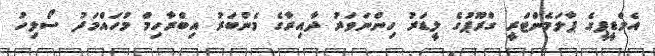
އެމްޑީޕީގެ ޕާލަމެންޓްރީ ގްރޫޕުގެ ލީޑަރު ހިންނަވަރު ދާއިރާގެ މެންބަރު އިބްރާހިމް މުހައްމަދު ސޯލިހު